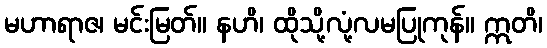
မဟာရာဇ၊ မင်းမြတ်။ နဟိ၊ ထိုသို့လုံ့လမပြုကုန်။ ဣတိ၊